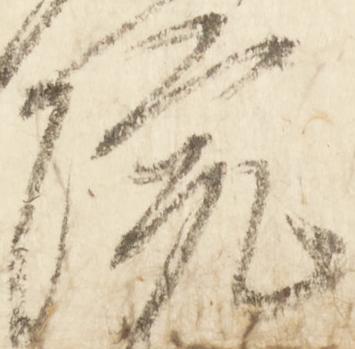
院